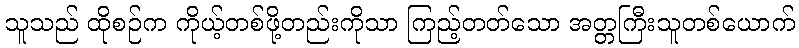
သူသည် ထိုစဉ်က ကိုယ့်တစ်ဖို့တည်းကိုသာ ကြည့်တတ်သော အတ္တကြီးသူတစ်ယောက်